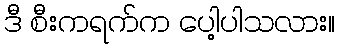
ဒီ စီးကရက်က ပေါ့ပါသလား။